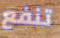
تنفع